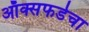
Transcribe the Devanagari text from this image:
ऑक्सफर्डचा